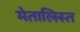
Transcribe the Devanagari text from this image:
मेतालिस्त